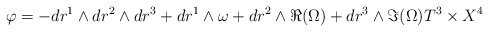
\begin{align*}\varphi = - dr^1 \wedge dr^2 \wedge dr^3 + dr^1 \wedge \omega + dr^2 \wedge \Re (\Omega) + dr^3 \wedge \Im (\Omega) T^3 \times X^4 \end{align*}